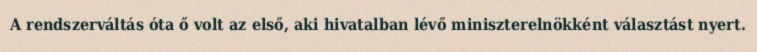
A rendszerváltás óta ő volt az első, aki hivatalban lévő miniszterelnökként választást nyert.